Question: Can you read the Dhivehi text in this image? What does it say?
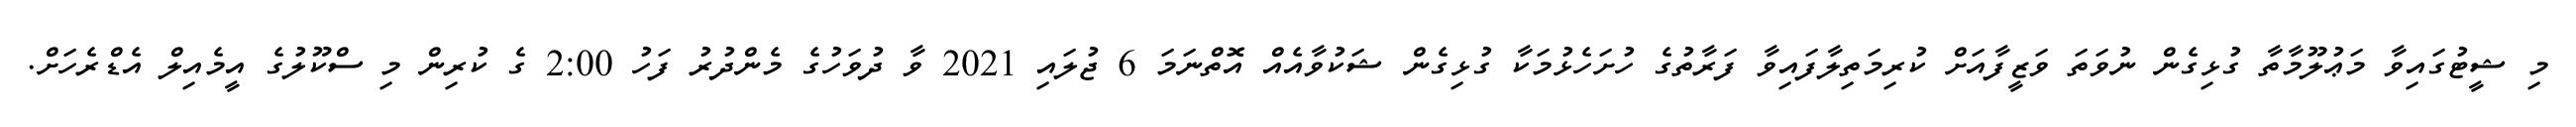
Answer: މި ޝީޓުގައިވާ މަޢުލޫމާތާ ގުޅިގެން ނުވަތަ ވަޒީފާއަށް ކުރިމަތިލާފައިވާ ފަރާތުގެ ހުށަހެޅުމަކާ ގުޅިގެން ޝަކުވާއެއް އޮތްނަމަ 6 ޖުލައި 2021 ވާ ދުވަހުގެ މެންދުރު ފަހު 2:00 ގެ ކުރިން މި ސްކޫލުގެ އީމެއިލް އެޑްރެހަށް.